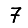
Digit: 7